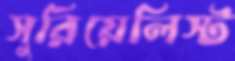
সুরিয়েলিস্ট